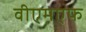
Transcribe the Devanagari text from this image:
वीएमएफ